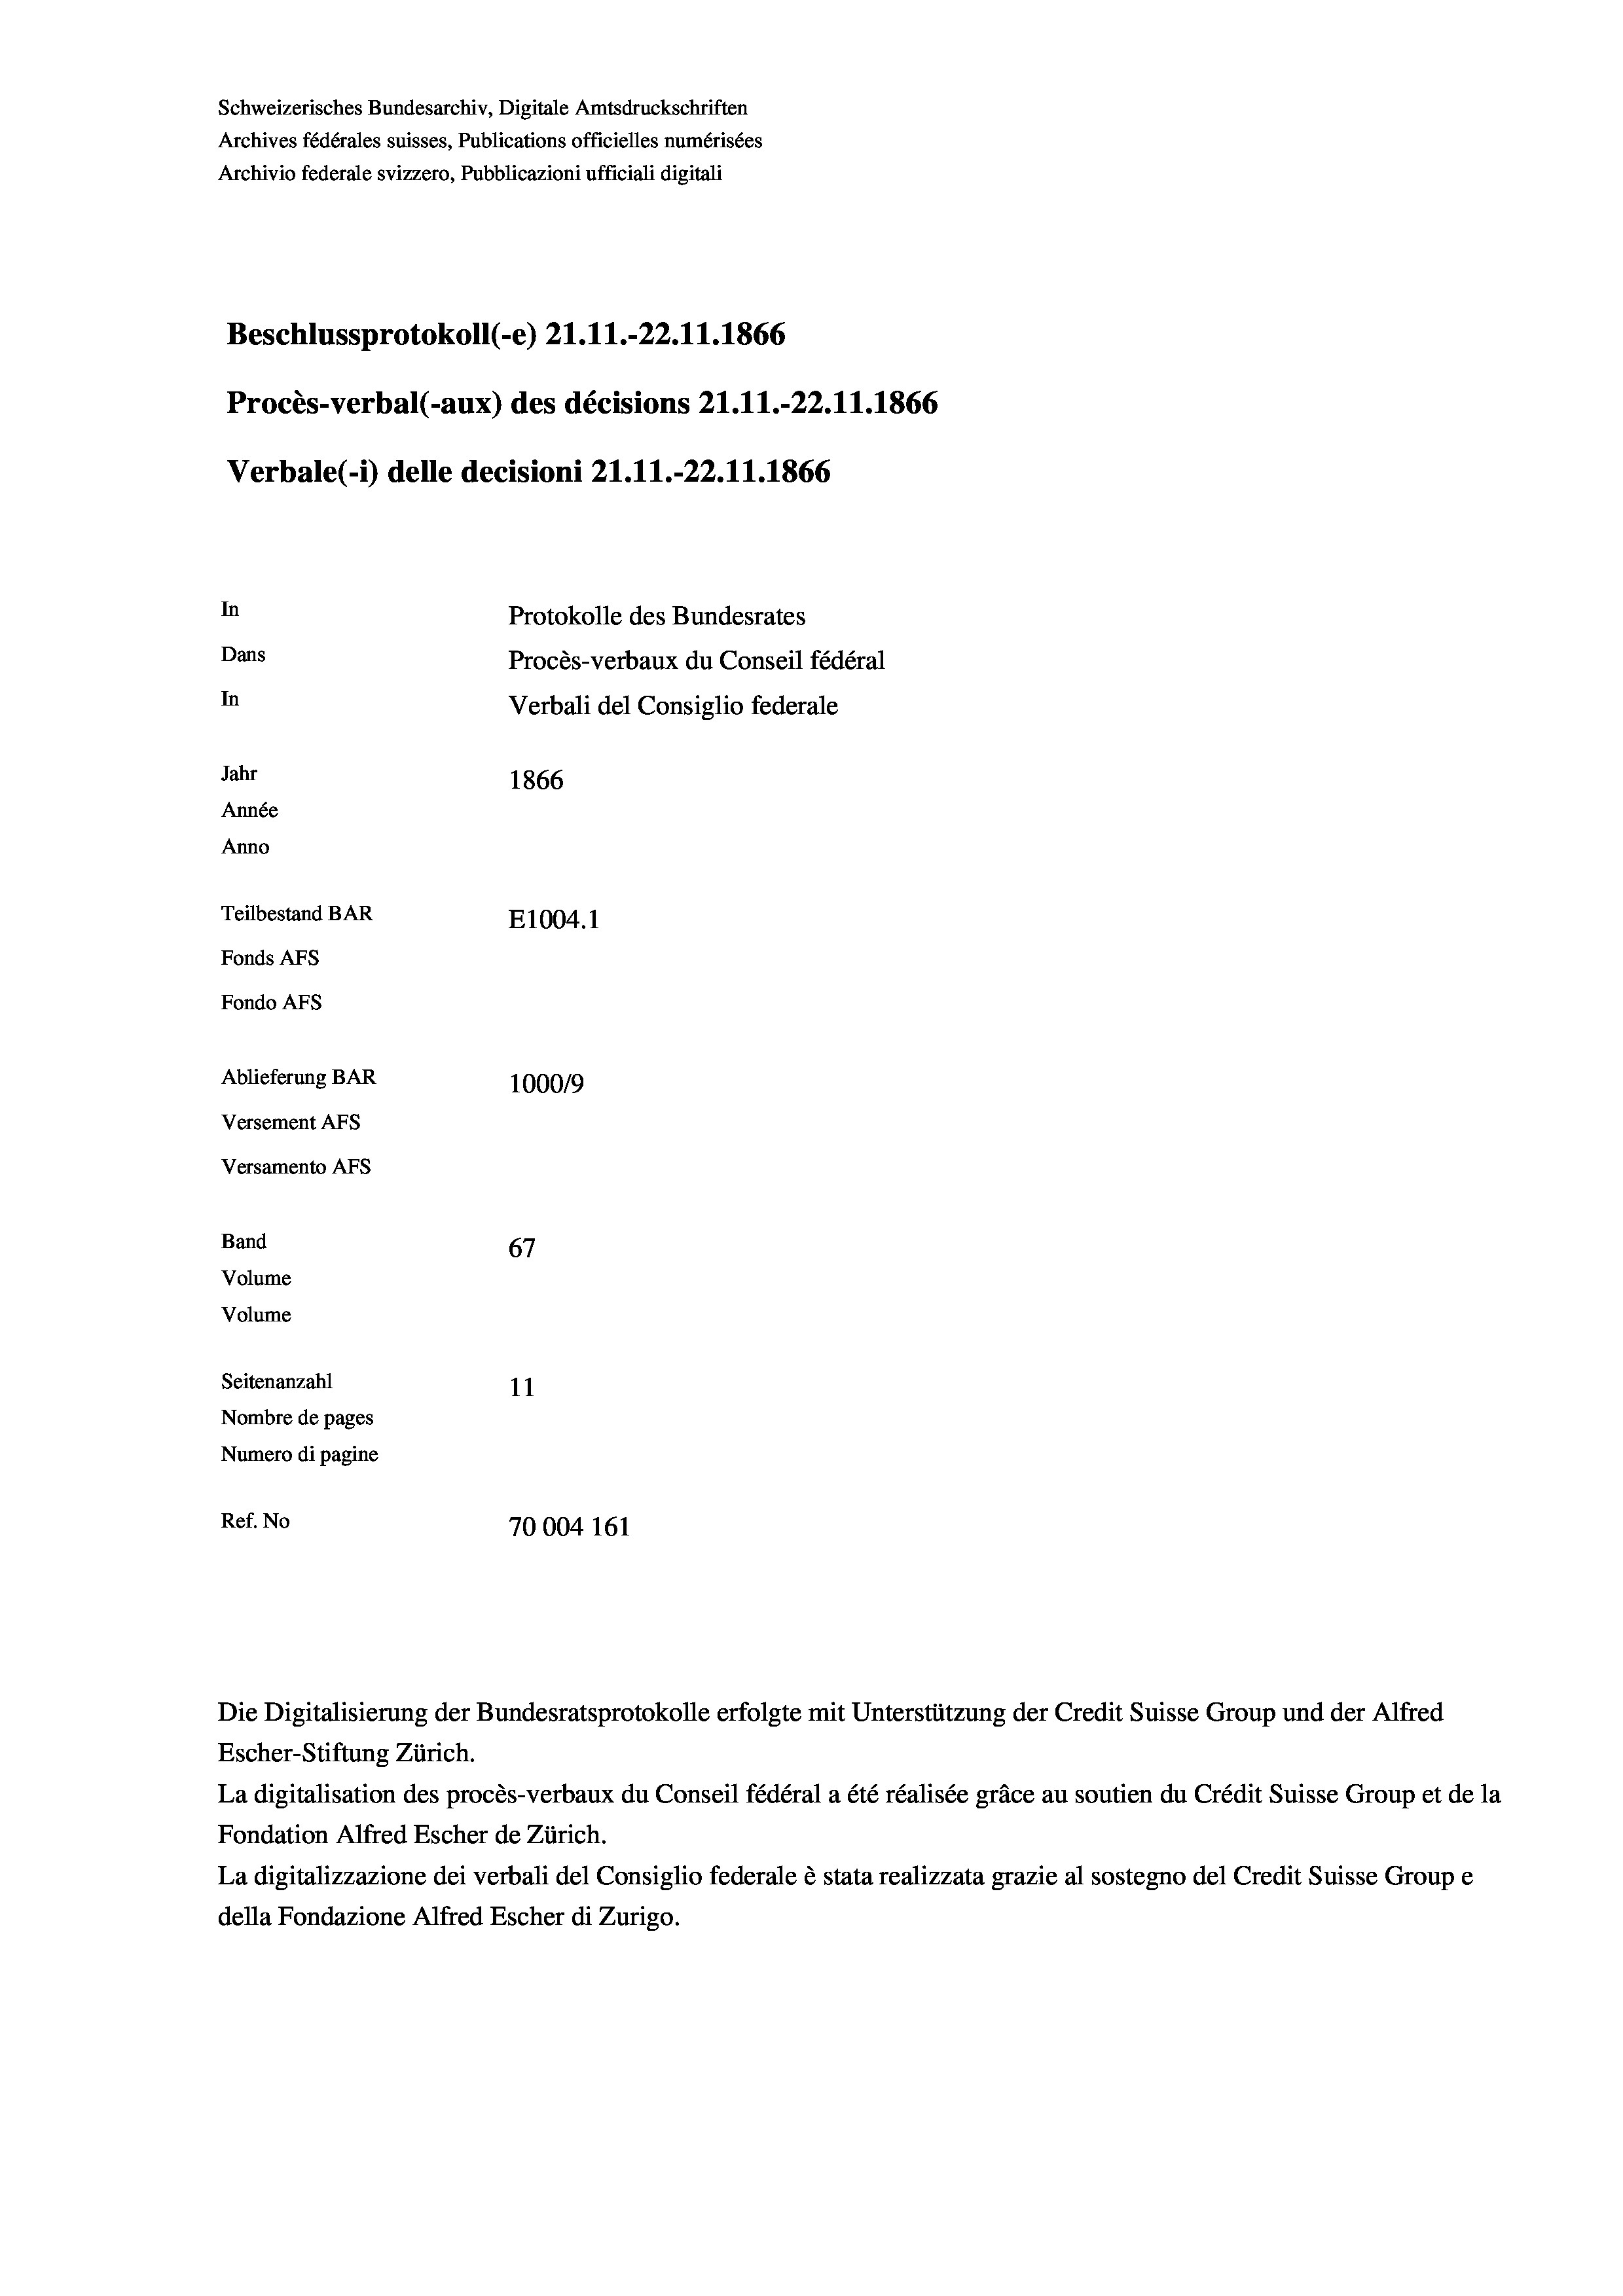
Schweizerisches Bundesarchiv, Digitale Amtsdruckschriften
Archives fédérales suisses, Publications officielles numérisées
Archivio federale svizzero, Pubblicazioni ufficiali digitali
Beschlussprotokoll (-e) 21.11.-22.11.1866
Procès-verbal (-aux) des décisions 21.11.-22.11.1866
Verbale(-*) delle decisioni 21.11.-22.11.1866
In
Protokolle des Bundesrates
Dans
Procès-verbaux du Conseil fédéral
In
Verbali del Consiglio federale
Jahr
1866
Année
Anno
Teilbestand BAR
E1004.1
Fonds AFs
Fondo AFS
Ablieferung BAR
100019
Versement AFs
Versamento AFs
Band
67
Volume
Volume
Seitenanzahl
11

Nombre de pages
Numero di pagine
Ref. No
70004 161

La digitalisation des procès-verbaux du Conseil fédéral a été réalisée gräce au soutien du Crédit Suisse Group et de la
Fondation Alfred Escher de Zürich.
La digitalizzazione dei verbali del Consiglio federale è stata realizzata grazie al sostegno del Credit Suisse Groupe
della Fondazione Alfred Escher di Zurigo.

Die Digitalisierung der Bundesratsprotokolle erfolgte mit Unterstützung der Credit Suisse Group und der Alfred
Escher-Stiftung Zürich.